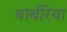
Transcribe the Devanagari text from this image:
बार्बरिया